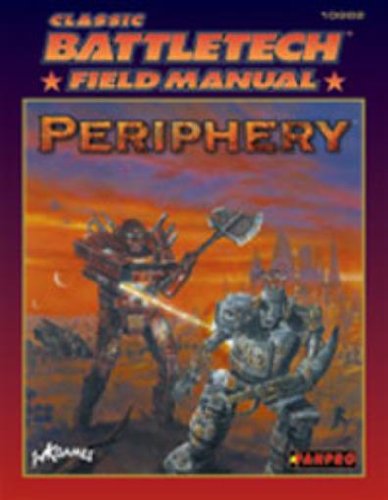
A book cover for Classic Battletech: Field Manual Periphery (FPR10982); FanPro; Science Fiction & Fantasy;